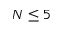
N \leq 5